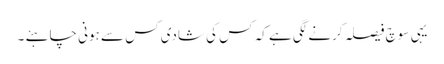
یہی سوچ فیصلہ کرنے لگی ہے کہ کس کی شادی کس سے ہونی چاہئے ۔